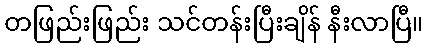
တဖြည်းဖြည်း သင်တန်းပြီးချိန် နီးလာပြီ။